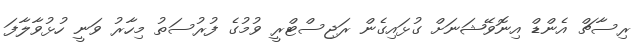
ރިސާޗް އެންޑް އިނޮވޭޝަނަށް ގުޅައިގެން ރަޖިސްޓްރީ ވުމުގެ ފުރުސަތު މިހާރު ވަނީ ހުޅުވާލާފަ